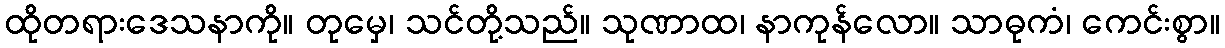
ထိုတရားဒေသနာကို။ တုမှေ၊ သင်တို့သည်။ သုဏာထ၊ နာကုန်လော။ သာဓုကံ၊ ကေင်းစွာ။